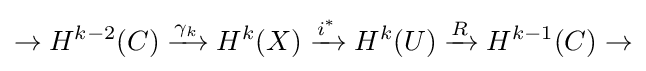
\to H^{k-2}(C)\xrightarrow {\gamma _{k}} H^{k}(X)\xrightarrow {i^{*}} H^{k}(U)\xrightarrow {R} H^{k-1}(C)\to